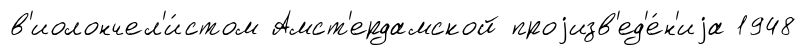
в'иолончел'и́стом Амст'ердамской проjизв'ед'е́н'иjа 1948